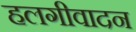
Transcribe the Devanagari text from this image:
हलगीवादन